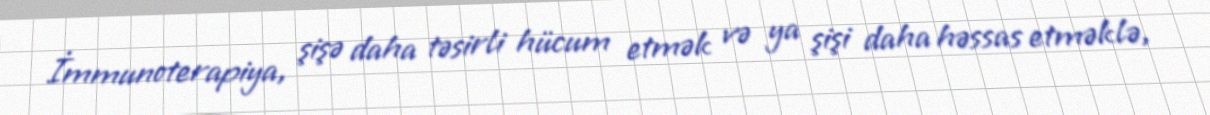
İmmunoterapiya, şişə daha təsirli hücum etmək və ya şişi daha həssas etməklə,